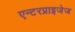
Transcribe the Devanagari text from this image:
एन्टरप्राइजेज